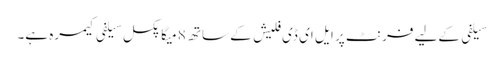
سیلفی کےلیے فرنٹ پر ایل ای ڈی فلیش کے ساتھ 8 میگا پکسل سیلفی کیمرہ ہے۔